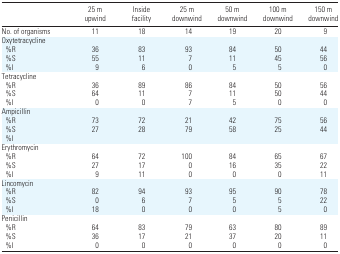
<table><thead><tr><td></td><td><b>25 m upwind</b></td><td><b>Inside facility</b></td><td><b>25 m downwind</b></td><td><b>50 m downwind</b></td><td><b>100 m downwind</b></td><td><b>150 m downwind</b></td></tr></thead><tbody><tr><td>No. of organisms</td><td>11</td><td>18</td><td>14</td><td>19</td><td>20</td><td>9</td></tr><tr><td colspan="7">Oxytetracycline</td></tr><tr><td> %R</td><td>36</td><td>83</td><td>93</td><td>84</td><td>50</td><td>44</td></tr><tr><td> %S</td><td>55</td><td>11</td><td>7</td><td>11</td><td>45</td><td>56</td></tr><tr><td> %I</td><td>9</td><td>6</td><td>0</td><td>5</td><td>5</td><td>0</td></tr><tr><td colspan="7">Tetracycline</td></tr><tr><td> %R</td><td>36</td><td>89</td><td>86</td><td>84</td><td>50</td><td>56</td></tr><tr><td> %S</td><td>64</td><td>11</td><td>7</td><td>11</td><td>50</td><td>44</td></tr><tr><td> %I</td><td>0</td><td>0</td><td>7</td><td>5</td><td>0</td><td>0</td></tr><tr><td colspan="7">Ampicillin</td></tr><tr><td> %R</td><td>73</td><td>72</td><td>21</td><td>42</td><td>75</td><td>56</td></tr><tr><td> %S</td><td>27</td><td>28</td><td>79</td><td>58</td><td>25</td><td>44</td></tr><tr><td colspan="7"> %I</td></tr><tr><td colspan="7">Erythromycin</td></tr><tr><td> %R</td><td>64</td><td>72</td><td>100</td><td>84</td><td>65</td><td>67</td></tr><tr><td> %S</td><td>27</td><td>17</td><td>0</td><td>16</td><td>35</td><td>22</td></tr><tr><td> %I</td><td>9</td><td>11</td><td>0</td><td>0</td><td>0</td><td>11</td></tr><tr><td colspan="7">Lincomycin</td></tr><tr><td> %R</td><td>82</td><td>94</td><td>93</td><td>95</td><td>90</td><td>78</td></tr><tr><td> %S</td><td>0</td><td>6</td><td>7</td><td>5</td><td>5</td><td>22</td></tr><tr><td> %I</td><td>18</td><td>0</td><td>0</td><td>0</td><td>5</td><td>0</td></tr><tr><td colspan="7">Penicillin</td></tr><tr><td> %R</td><td>64</td><td>83</td><td>79</td><td>63</td><td>80</td><td>89</td></tr><tr><td> %S</td><td>36</td><td>17</td><td>21</td><td>37</td><td>20</td><td>11</td></tr><tr><td> %I</td><td>0</td><td>0</td><td>0</td><td>0</td><td>0</td><td>0</td></tr></tbody></table>